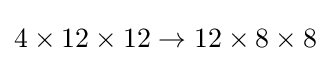
4\times 12\times 12\to 12\times 8\times 8